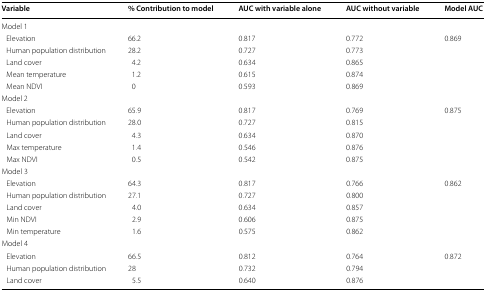
| Variable | % Contribution to model | AUC with variable alone | AUC without variable | Model AUC |
 | --- | --- | --- | --- | --- |
 | <COLSPAN=5> Model 1 |
 | Elevation | 66.2 | 0.817 | 0.772 | 0.869 |
 | Human population distribution | 28.2 | 0.727 | 0.773 |  |
 | Land cover | 4.2 | 0.634 | 0.865 |  |
 | Mean temperature | 1.2 | 0.615 | 0.874 |  |
 | Mean NDVI | 0 | 0.593 | 0.869 |  |
 | <COLSPAN=5> Model 2 |
 | Elevation | 65.9 | 0.817 | 0.769 | 0.875 |
 | Human population distribution | 28.0 | 0.727 | 0.815 |  |
 | Land cover | 4.3 | 0.634 | 0.870 |  |
 | Max temperature | 1.4 | 0.546 | 0.876 |  |
 | Max NDVI | 0.5 | 0.542 | 0.875 |  |
 | <COLSPAN=5> Model 3 |
 | Elevation | 64.3 | 0.817 | 0.766 | 0.862 |
 | Human population distribution | 27.1 | 0.727 | 0.800 |  |
 | Land cover | 4.0 | 0.634 | 0.857 |  |
 | Min NDVI | 2.9 | 0.606 | 0.875 |  |
 | Min temperature | 1.6 | 0.575 | 0.862 |  |
 | <COLSPAN=5> Model 4 |
 | Elevation | 66.5 | 0.812 | 0.764 | 0.872 |
 | Human population distribution | 28 | 0.732 | 0.794 |  |
 | Land cover | 5.5 | 0.640 | 0.876 |  |